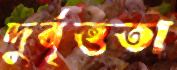
দুর্বৃত্ততা